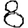
Digit: 8